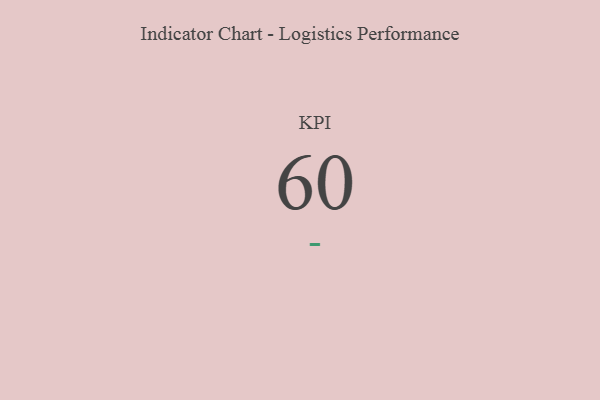
{"axis": {"x": "KPI", "y": "Value"}, "legend": [""], "data": [{"x": "KPI", "y": 60, "type": ""}]}